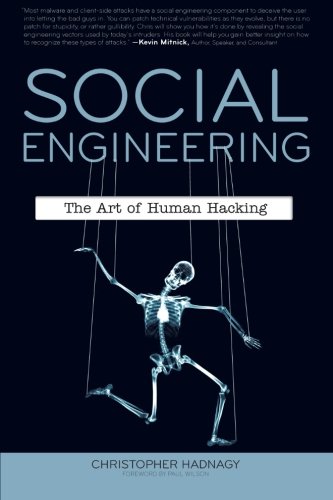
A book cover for Social Engineering: The Art of Human Hacking; Christopher Hadnagy; Computers & Technology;